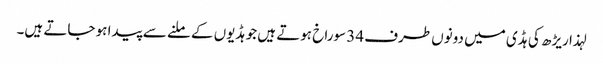
لہذا ریڑھ کی ہڈی میں دونوں طرف 34 سوراخ ہوتے ہیں جو ہڈیوں کے ملنے سے پیدا ہو جاتے ہیں۔